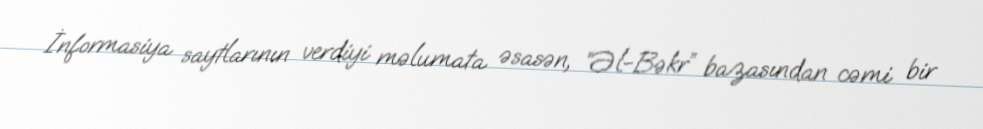
İnformasiya saytlarının verdiyi məlumata əsasən, “Əl-Bəkr” bazasından cəmi bir